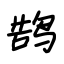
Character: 鹄